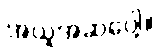
အယူအဆပေါ့။